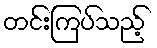
တင်းကြပ်သည့်